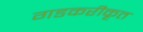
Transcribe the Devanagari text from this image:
गडकरीकृत